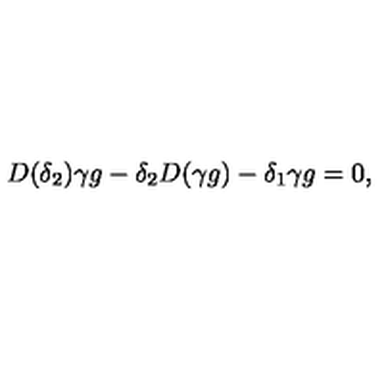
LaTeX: D ( \delta _ { 2 } ) \gamma g - \delta _ { 2 } D ( \gamma g ) - \delta _ { 1 } \gamma g = 0 ,